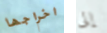
اخراجها إلى